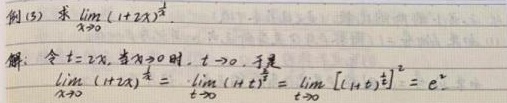
例(5) 求\(\lim\limits_{x \to 0}(1 + 2x)^{\frac{1}{x}}\)。
解：令\(t = 2x\)。当\(x \to 0\)时，\(t \to 0\)。于是
\[
\lim\limits_{x \to 0}(1 + 2x)^{\frac{1}{x}} = \lim\limits_{t \to 0}(1 + t)^{\frac{2}{t}} = \lim\limits_{t \to 0}\left[(1 + t)^{\frac{1}{t}}\right]^{2} = e^{2}
\]